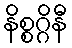
နိစ္စဂ္ဂိနီ